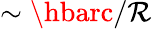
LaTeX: \sim\hbarc/\mathcal{R}